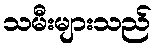
သမီးများသည်